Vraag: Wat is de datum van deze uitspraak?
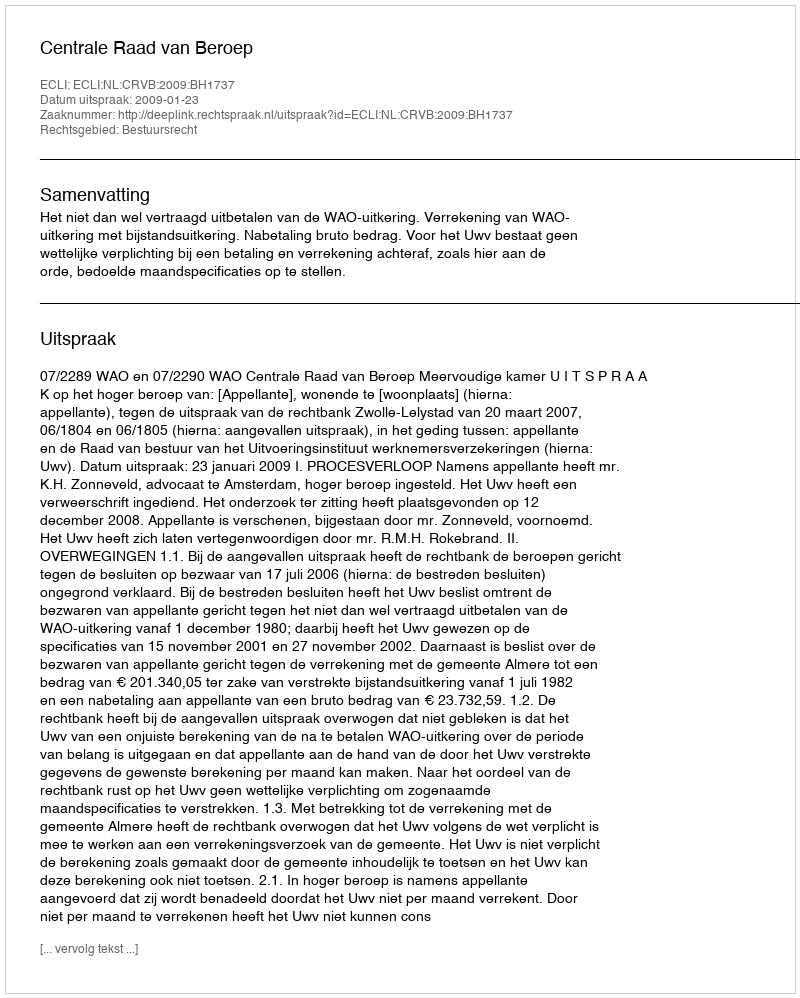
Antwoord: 2009-01-23